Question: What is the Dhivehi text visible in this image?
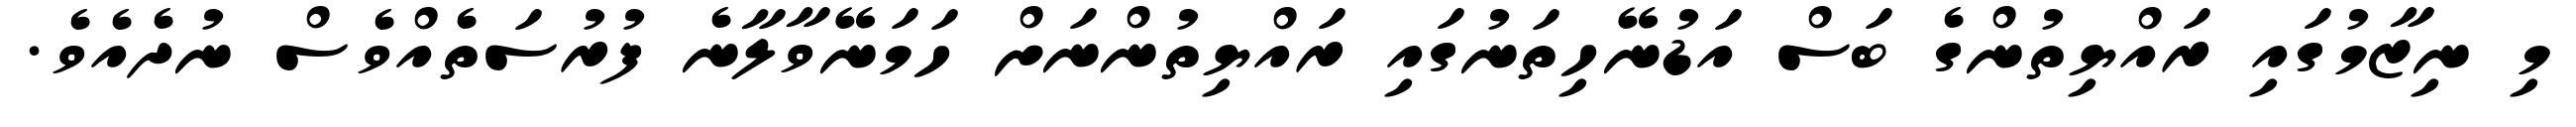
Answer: މި ނިޒާމުގައި ރައްޔިތުންގެ ބަސް އަޑުނޭހިތަނުގައި ރައްޔިތުންނަށް ހަމަނޭވާލާނެ ފުރުސަތެއްވެސް ނުދެއެވެ.